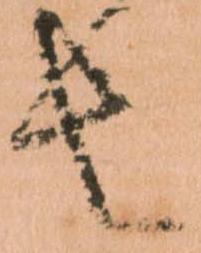
者